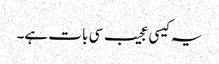
یہ کیسی عجیب سی بات ہے۔